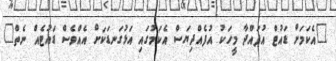
"އެކަމަށް ޑައުޓް އުފައްދާ މީހަކު އުފެއްދިޔަސް އެކަމުގައި އަޅުގަނޑަކަށް އެއްވެސް ޑައުޓެއް ނެތް"